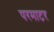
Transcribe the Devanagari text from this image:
परमाटर